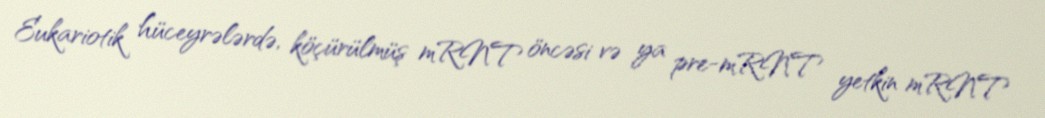
Eukariotik hüceyrələrdə, köçürülmüş mRNT öncəsi və ya pre-mRNT yetkin mRNT